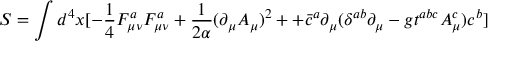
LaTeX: S = \int d ^ { 4 } x [ - \frac { 1 } { 4 } F _ { \mu \nu } ^ { a } F _ { \mu \nu } ^ { a } + \frac { 1 } { 2 \alpha } ( \partial _ { \mu } A _ { \mu } ) ^ { 2 } + + \bar { c } ^ { a } \partial _ { \mu } ( \delta ^ { a b } \partial _ { \mu } - g t ^ { a b c } A _ { \mu } ^ { c } ) c ^ { b } ]